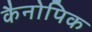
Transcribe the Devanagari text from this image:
कैनोपिक